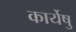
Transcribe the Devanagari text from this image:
कार्येषु